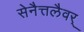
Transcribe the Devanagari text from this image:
सेनैत्तलैवर्